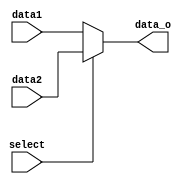
module MUX5b(
    input [4:0] data1,
    input [4:0] data2,
    input select,
    output [4:0] data_o
);

assign data_o = select?data2:data1;

endmodule